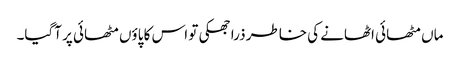
ماں مٹھائی اٹھانے کی خاطر ذرا جھکی تو اس کا پاؤں مٹھائی پر آگیا۔